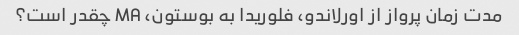
مدت زمان پرواز از اورلاندو، فلوریدا به بوستون، MA چقدر است؟